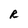
Character: R